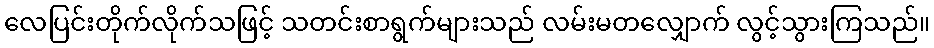
လေပြင်းတိုက်လိုက်သဖြင့် သတင်းစာရွက်များသည် လမ်းမတလျှောက် လွင့်သွားကြသည်။